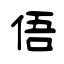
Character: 俉